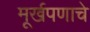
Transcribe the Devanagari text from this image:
मूर्खपणाचे